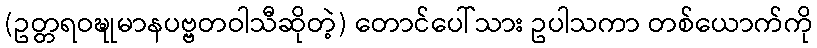
(ဥတ္တရဝဍ္ဎုမာနပဗ္ဗတဝါသီဆိုတဲ့) တောင်ပေါ်သား ဥပါသကာ တစ်ယောက်ကို